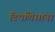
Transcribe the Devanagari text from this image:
टिपणिसांना